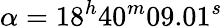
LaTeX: \alpha=18^{h}40^{m}09.01^{s}